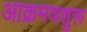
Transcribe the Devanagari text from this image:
आक्रमणशुरू